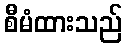
စီမံထားသည်